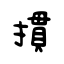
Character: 摜